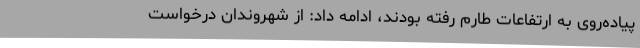
پیاده‌روی به ارتفاعات طارم رفته بودند، ادامه داد: از شهروندان درخواست